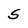
Character: s